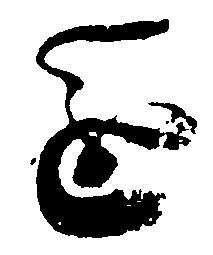
進